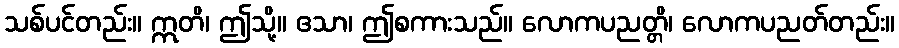
သစ်ပင်တည်း။ ဣတိ၊ ဤသို့။ ဧသာ၊ ဤစကားသည်။ လောကပညတ္တိ၊ လောကပညတ်တည်း။